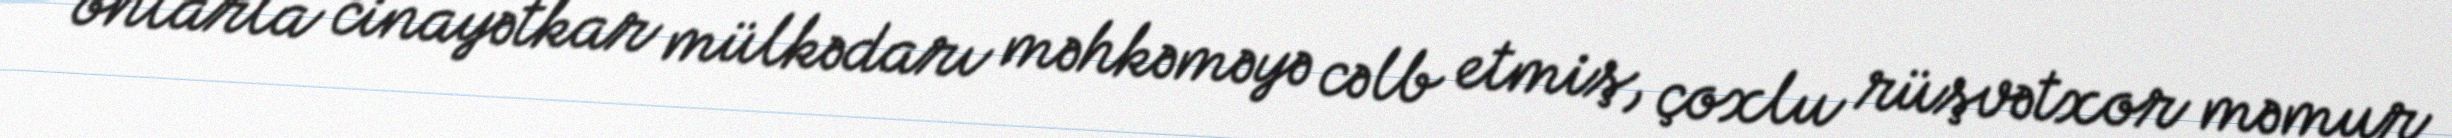
onlarla cinayətkar mülkədarı məhkəməyə cəlb etmiş, çoxlu rüşvətxor məmur